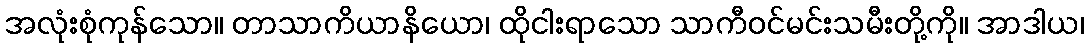
အလုံးစုံကုန်သော။ တာသာကိယာနိယော၊ ထိုငါးရာသော သာကီဝင်မင်းသမီးတို့ကို။ အာဒါယ၊